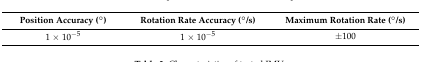
| Position Accuracy (°) | Rotation Rate Accuracy (°/s) | Maximum Rotation Rate (°/s) |
 | --- | --- | --- |
 | 1 × 10−5 | 1 × 10−5 | ±100 |